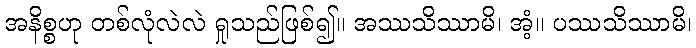
အနိစ္စဟု တစ်လုံလဲလဲ ရှုသည်ဖြစ်၍။ အဿသိဿာမိ၊ အံ့။ ပဿသိဿာမိ၊